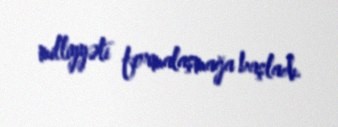
milliyyəti formalaşmağa başladı.